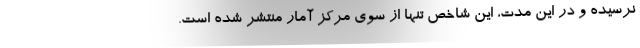
نرسیده و در این مدت، این شاخص تنها از سوی مرکز آمار منتشر شده است.